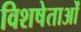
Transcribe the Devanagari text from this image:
विशषेताओं